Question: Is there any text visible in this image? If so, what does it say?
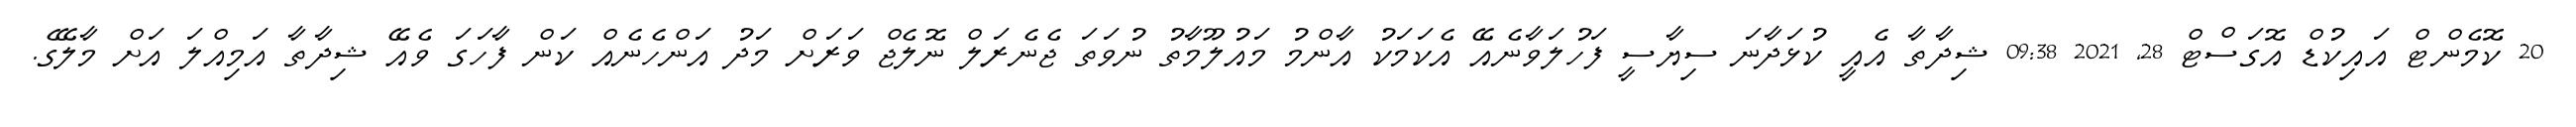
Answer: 20 ކޮމެންޓް އައިކުޑް އޮގަސްޓް 28, 2021 09:38 ޝިދާތާ އެއީ ކުޅަދާނަ ސިޔާސީ ފަހުލަވާނެއޭ އެކަމަކު އާންމު މައުލޫމާތު ނުވަތަ ޖެނެރަލް ނޮލެޖް ވަރަށް މަދު އަންހެނެއް ކަން ފާހަގަ ވެއޭ ޝިދާތާ އަމިއްލަ އަށް މާލޭގެ.